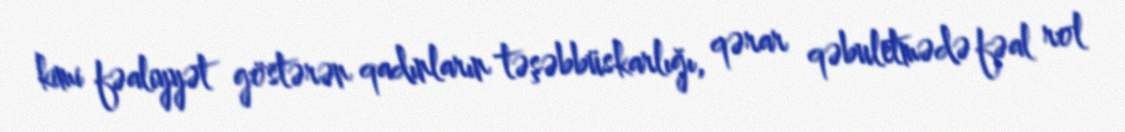
kimi fəaliyyət göstərən qadınların təşəbbüskarlığı, qərar qəbuletmədə fəal rol